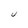
Character: U